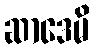
ဆာဒေမိ